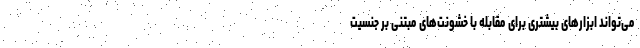
می‌تواند ابزارهای بیشتری برای مقابله با خشونت‌‌های مبتنی بر جنسیت